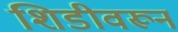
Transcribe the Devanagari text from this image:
शिडीवरून